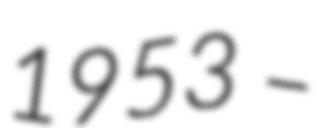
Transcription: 1953 –